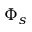
\Phi _ { s }